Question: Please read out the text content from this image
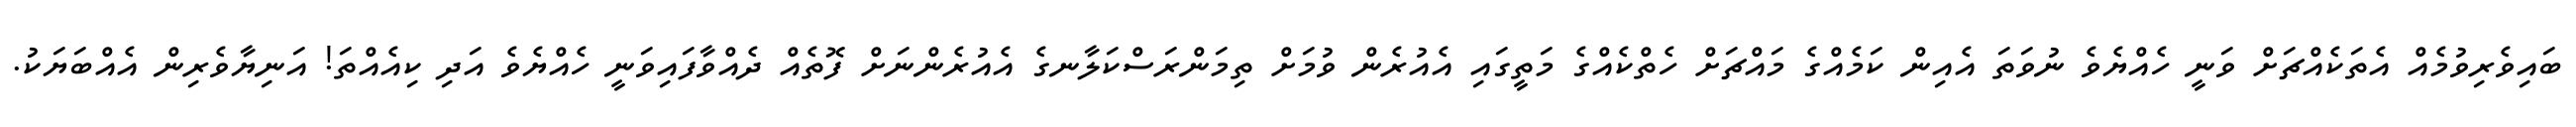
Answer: ބައިވެރިވުމެއް އެތަކެއްޗަށް ވަނީ ހެއްޔެވެ ނުވަތަ އެއިން ކަމެއްގެ މައްޗަށް ހެތްކެއްގެ މަތީގައި އެއުރެން ވުމަށް ތިމަންރަސްކަލާނގެ އެއުރެންނަށް ފޮތެއް ދެއްވާފައިވަނީ ހެއްޔެވެ އަދި ކިއެއްތަ! އަނިޔާވެރިން އެއްބަޔަކު.